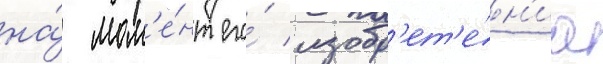
на́ мом'е́нт его́ изобр'ет'е́н'иа